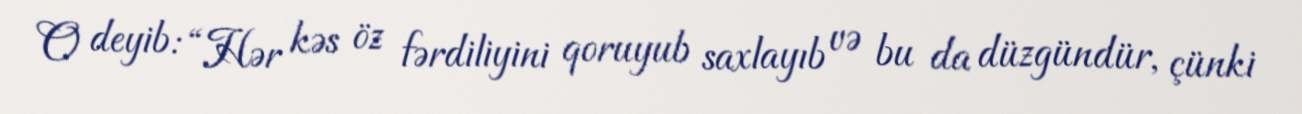
O deyib: “Hər kəs öz fərdiliyini qoruyub saxlayıb və bu da düzgündür, çünki